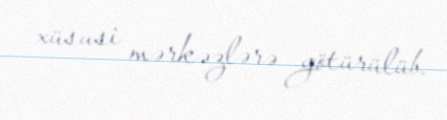
xüsusi mərkəzlərə götürülüb.